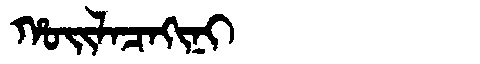
Manchu: ᡥᠣᡳᠯᠠᠴᠠᡴᡳᠨᡳ
Romanization: HOILACAKINI